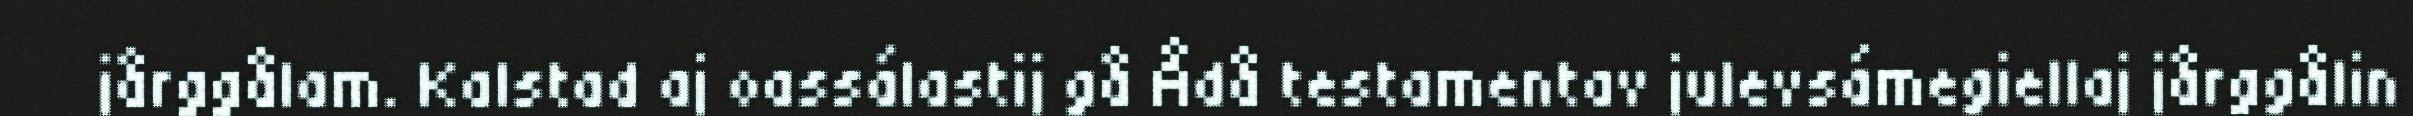
jårggålam. Kalstad aj oassálastij gå Ådå testamentav julevsámegiellaj jårggålin